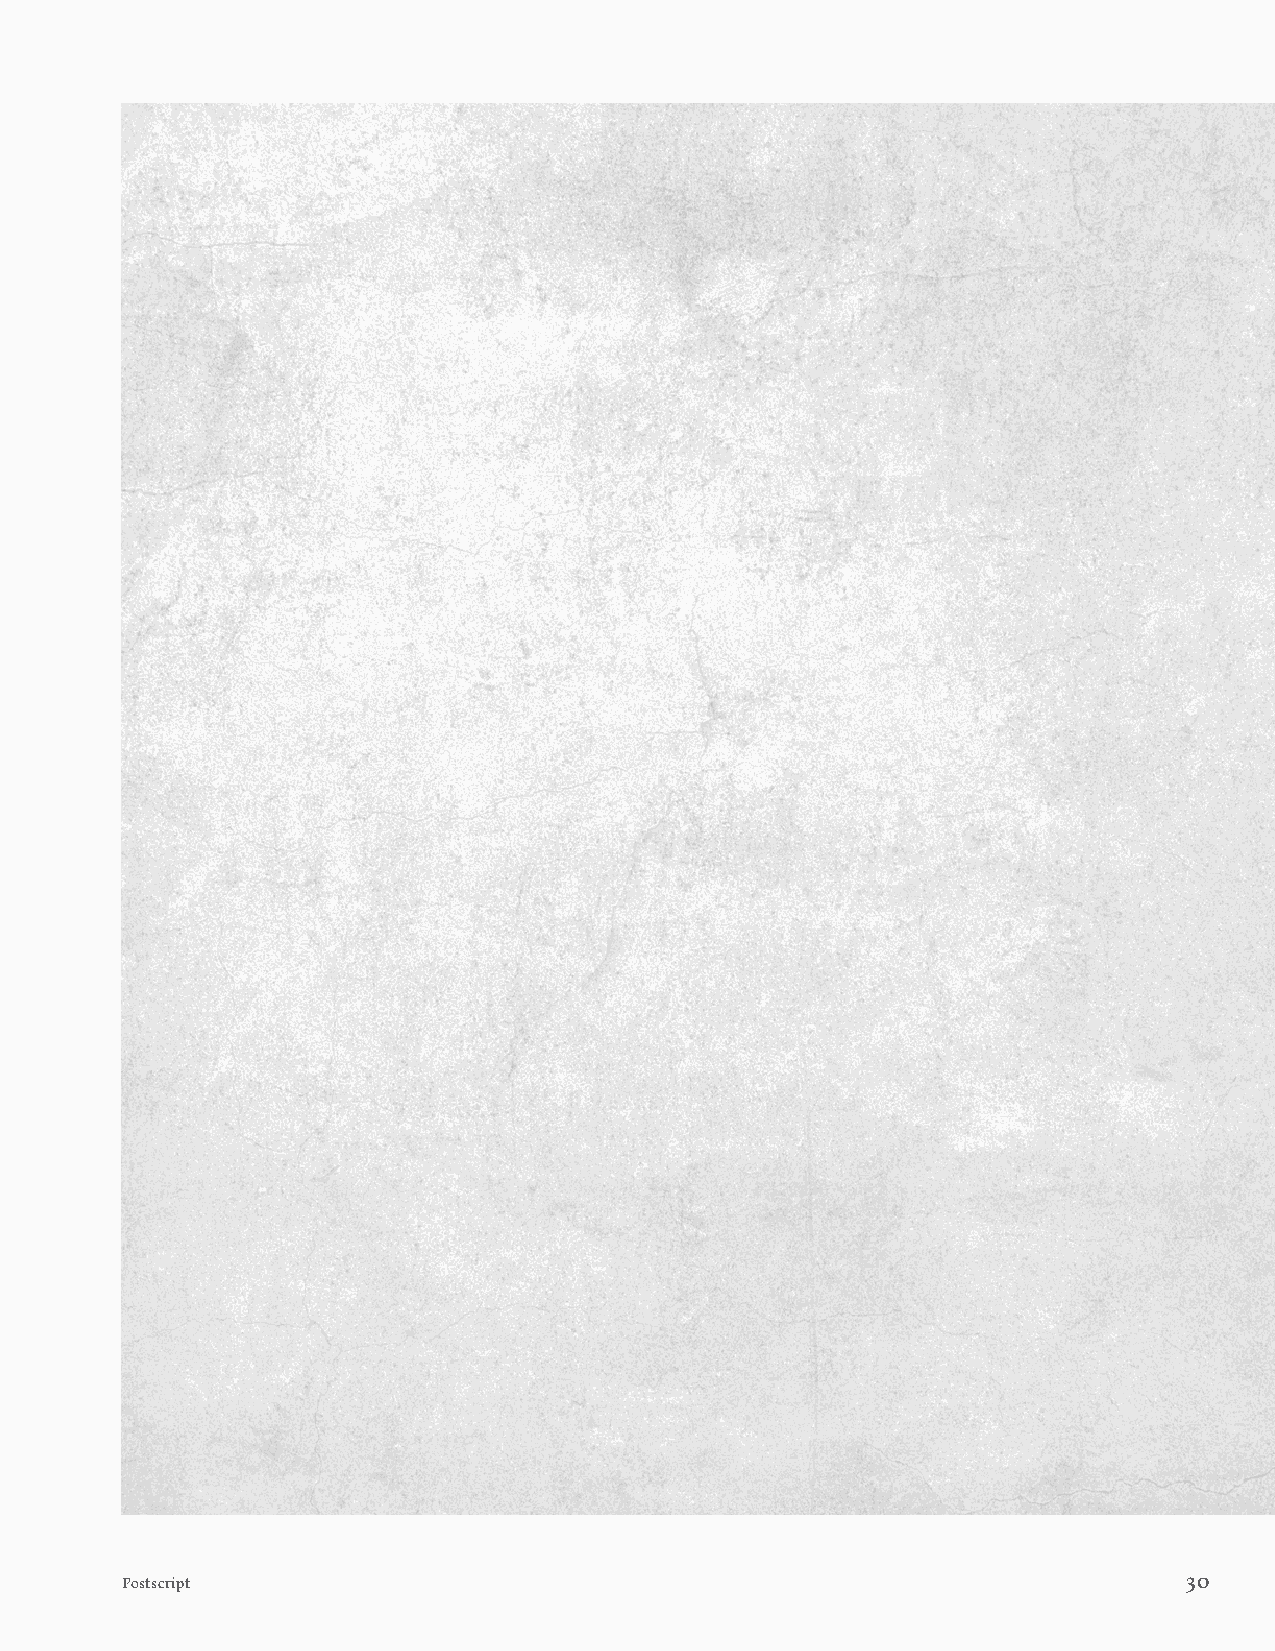
Postscript                                                             30